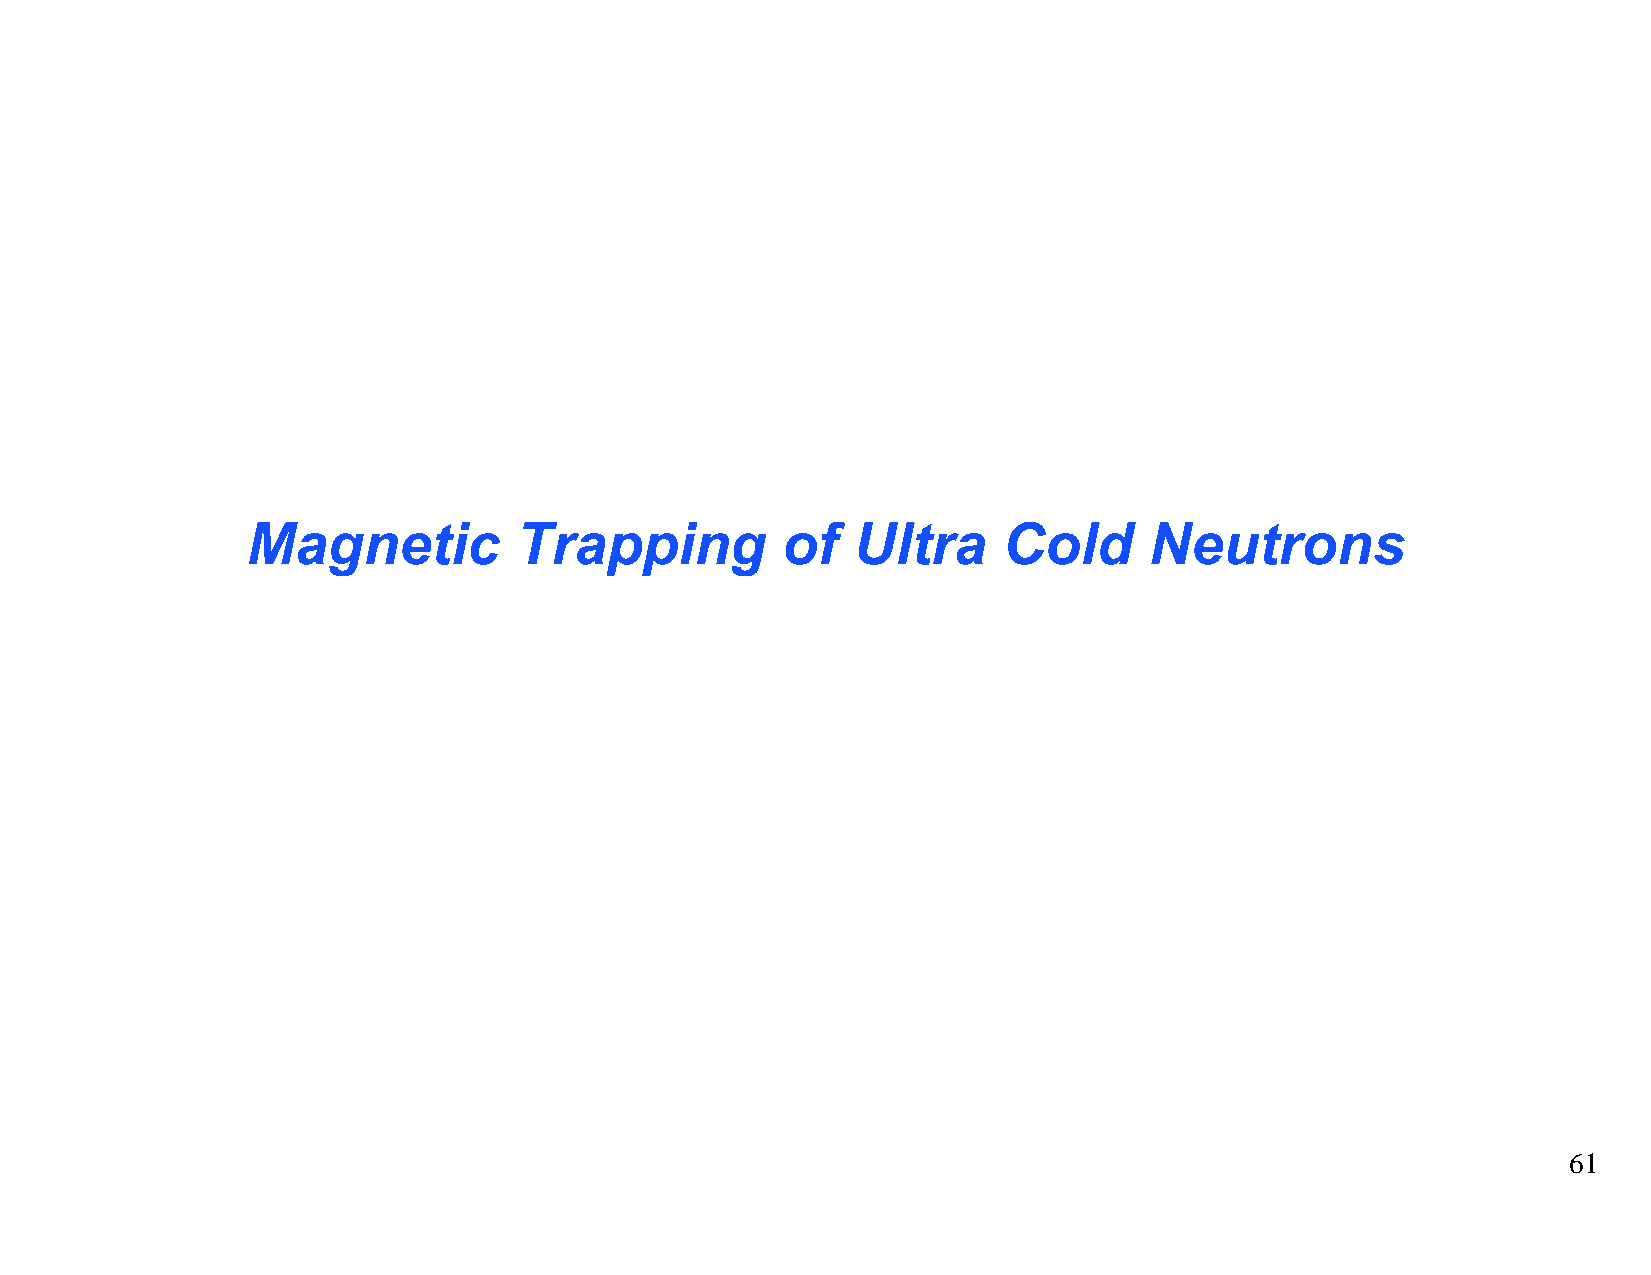
Magnetic          Trapping          of  Ultra     Cold      Neutrons
 61